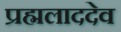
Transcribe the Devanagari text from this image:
प्रह्मलाददेव